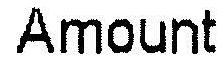
AMOUNT